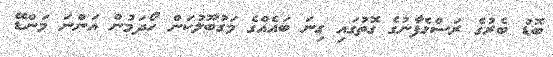
ބޮޑު ބެރުގެ ރަސްގެފާނުގެ ގޮތުގައި ގިނަ ބައެއްގެ މަގުބޫލުކަން ހޯދަމުން އަންނަ މަންޑޭ